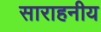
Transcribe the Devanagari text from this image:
साराहनीय